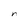
Character: r